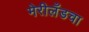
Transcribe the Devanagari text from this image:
मेरीलँडचा